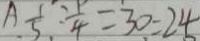
A \frac { 1 } { 5 } : \frac { 1 } { 4 } = 3 0 : 2 4